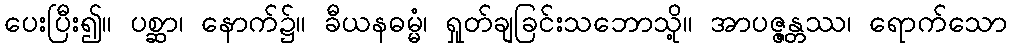
ပေးပြီး၍။ ပစ္ဆာ၊ နောက်၌။ ခီယနဓမ္မံ၊ ရှုတ်ချခြင်းသဘောသို့။ အာပဇ္ဇန္တဿ၊ ရောက်သော